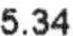
5.34